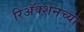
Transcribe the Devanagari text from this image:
रिअॅक्शनच्या